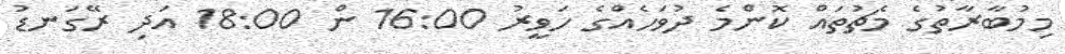
މިމުބާރާތުގެ މެޗުތައް ކޮންމެ ދުވަހެއްގެ ހަވީރު 16:00 ން 18:00 އަދި ރޭގަނޑު